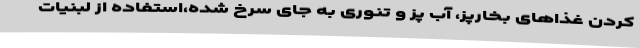
کردن غذاهای بخارپز، آب پز و تنوری به جای سرخ شده،استفاده از لبنیات